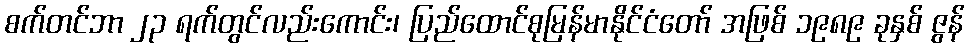
စက်တင်ဘာ ၂၃ ရက်တွင်လည်းကောင်း၊ ပြည်ထောင်စုမြန်မာနိုင်ငံတော် အဖြစ် ၁၉၈၉ ခုနှစ် ဇွန်